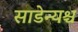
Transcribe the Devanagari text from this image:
साडेन्यश्च